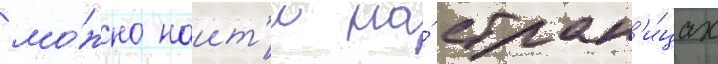
мо́жно наит'и на́ стран'и́цах